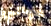
موالي